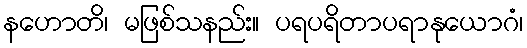
နဟောတိ၊ မဖြစ်သနည်း။ ပရပရိတာပရာနုယောဂံ၊